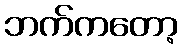
ဘက်ကတော့